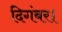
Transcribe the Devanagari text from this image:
दिगंबर।